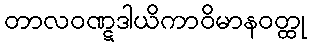
တာလဝဏ္ဋဒါယိကာဝိမာနဝတ္ထု